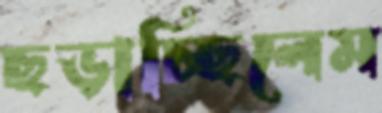
ছড়াচ্ছিলেম